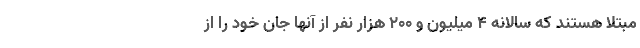
مبتلا هستند که سالانه 4 میلیون و 200 هزار نفر از آنها جان خود را از